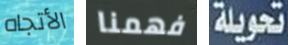
الأتجاه فهمنا تحويلة